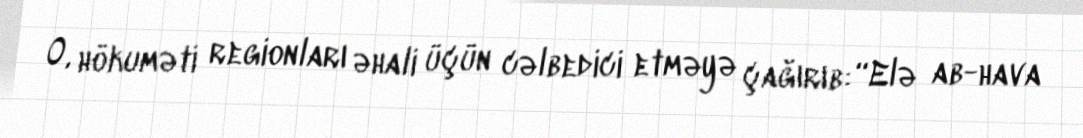
O, hökuməti regionları əhali üçün cəlbedici etməyə çağırıb: “Elə ab-hava